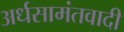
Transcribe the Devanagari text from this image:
अर्धसामंतवादी